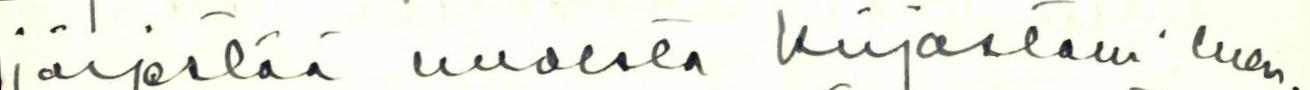
järjestää uudesta kirjastasi luen-